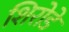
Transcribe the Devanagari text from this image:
शिरोडे